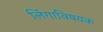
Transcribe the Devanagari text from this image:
लिंगाविषयक